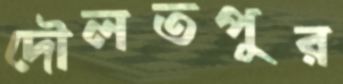
দৌলতপুর